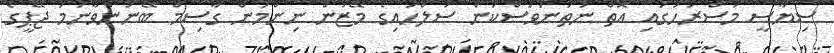
ސިޔާސީ މަސްރަހުގައި އޮތް ނުތަނަވަސްކަން ސުލްހައިގެ މޭޒުން ނިންމަން ގާސިމް ބޭނުންވާނަމަ ޖޭޕީގެ